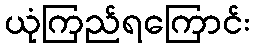
ယုံကြည်ရကြောင်း